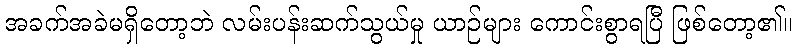
အခက်အခဲမရှိတော့ဘဲ လမ်းပန်းဆက်သွယ်မှု ယာဉ်များ ကောင်းစွာရပြီ ဖြစ်တော့၏။